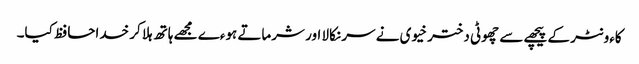
کاءونٹر کے پیچھے سے چھوٹی دختر خیوی نے سر نکالا اور شرماتے ہوءے مجھے ہاتھ ہلا کر خداحافظ کیا۔